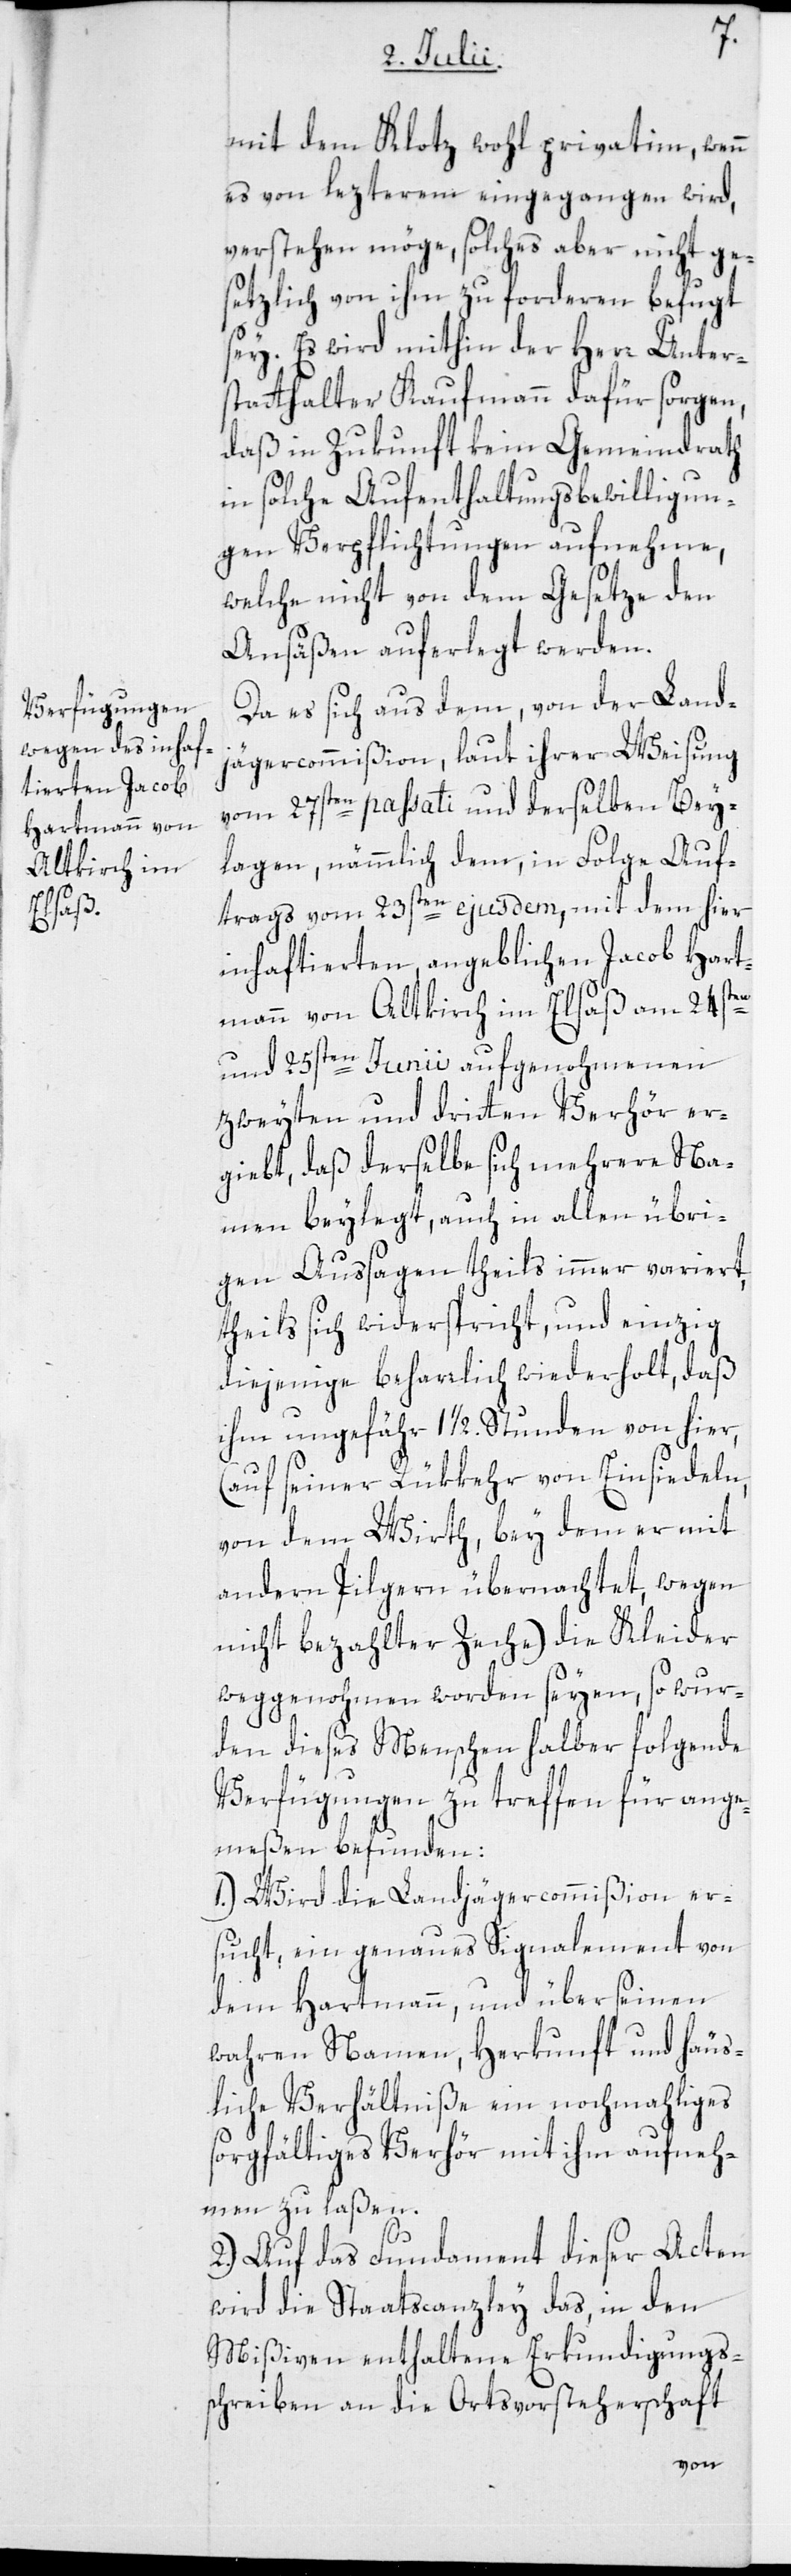
mit dem Klotz wohl privatim, wenn
es von lezterem eingegangen wird,
verstehen möge, solches aber nicht ge¬
setzlich von ihm zu forderen befugt
sey. Es wird mithin der Herr Unter¬
statthalter Kaufmann dafür sorgen,
daß in Zukunft kein Gemeindrath
in solche Aufenthaltsbewilligun¬
gen Verpflichtungen aufnehme,
welche nicht von dem Gesetze den
Ansäßen auferlegt werden.
Da es sich aus dem von der Land¬
jägercommißion, laut ihrer Weisung
vom 27sten passati und derselben Bey¬
lagen, nämmlich dem, in Folge Auf¬
trags vom 23sten ejusdem, mit dem hier
inhaftierten, angeblichen Jacob Hart¬
mann von Altkirch im Elsaß am 24sten
und 25sten Junii aufgenohmenen
zweyten und dritten Verhör er¬
giebt, daß derselbe sich mehrere Na¬
men beylegt, auch in allen übri¬
gen Aussagen theils immer variiert,
theils sich widerspricht, und einzig
diejenige beharrlich wiederholt, daß
ihm ungefähr 1 1/2. Stunden von hier,
(auf seiner Rükkehr von Einsiedeln,
von dem Wirth, bey dem er mit
andern Pilger übernachtet, wegen
nicht bezahlter Zeche) die Kleider
weggenohmen worden seyen, so wur¬
den dieses Menschen halber folgende
Verfügungen zu treffen für ange¬
meßen befunden:
1.) Wird die Landjägercommißion er¬
sucht, ein genaues Signalement von
dem Hartmann, und über seinen
wahren Namen, Herkunft und häus¬
liche Verhältniße ein nochmahliges
sorgfältiges Verhör mit ihm aufneh¬
men zu laßen.
2.) Auf das Fundament dieser Acten
wird die Staatscanzley das, in den
Mißiven enthaltene Erkundigungs¬
schreiben an die Ortsvorsteherschaft